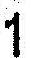
1